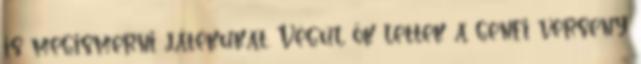
is megismerni játékukat. Végül ők lettek a genfi verseny